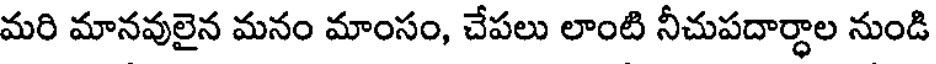
మరి మానవులైన మనం మాంసం, చేపలు లాంటి నీచుపదార్ధాల నుండి